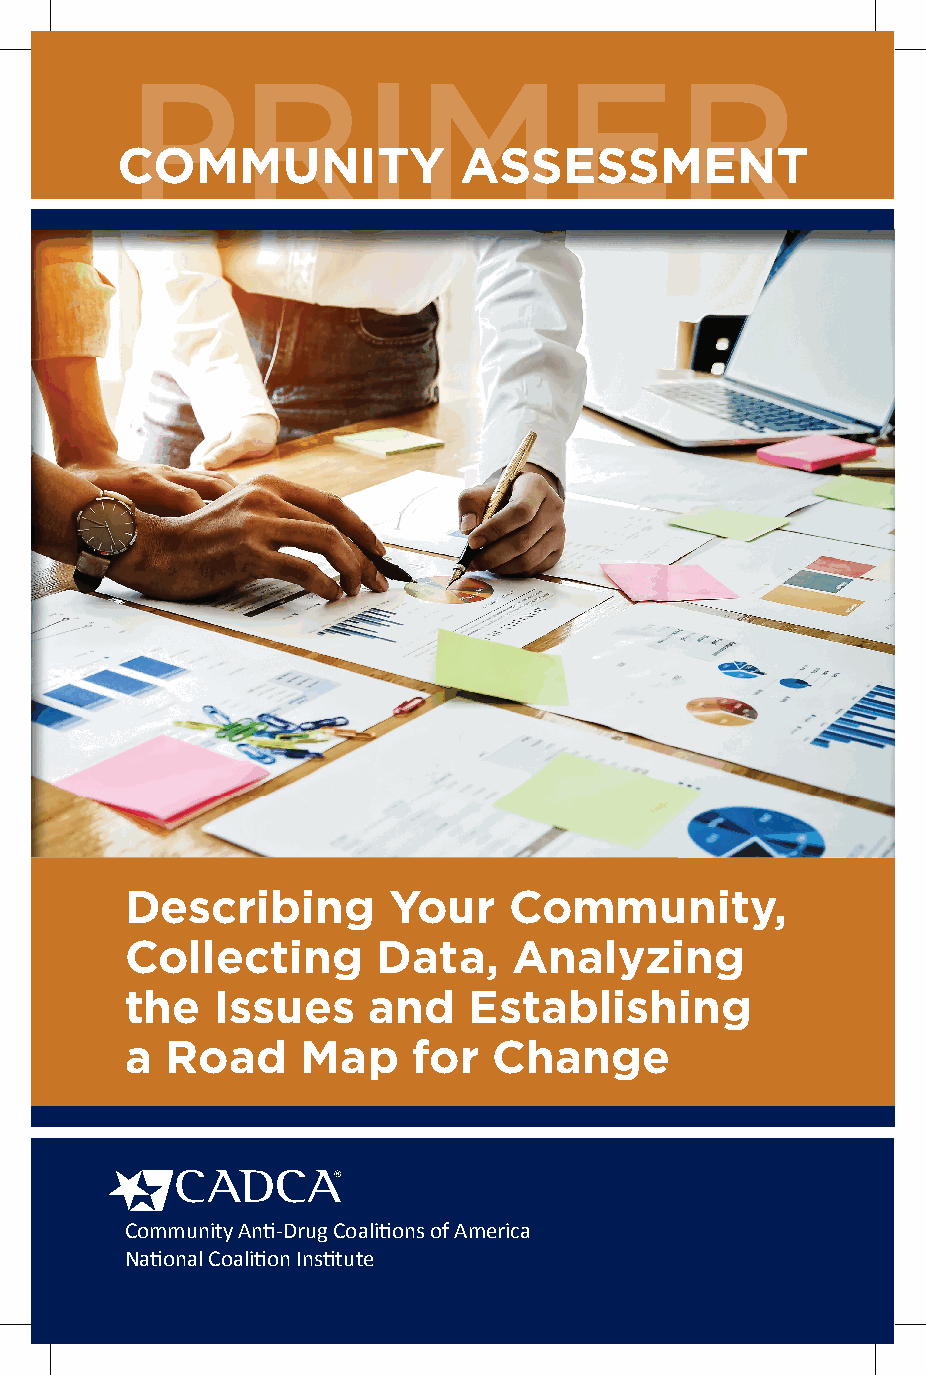
PPRRIIMMEERR
 COMMUNITY             ASSESSMENT
 Describing        Your    Community,
 Collecting       Data,    Analyzing
 the   Issues    and    Establishing
 a  Road     Map    for   Change
 Community Anti -Drug Coaliti ons of America
 Nati onal Coaliti on Insti tute